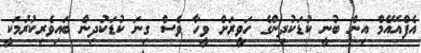
އެފްއޭއެމް އިން ބުނީ ކުޑަކުދިންގެ ހަވީރަށް ވީހާ ވެސް ގިނަ ކުޑަކުދިން ބައިވެރިކުރުމަކީ